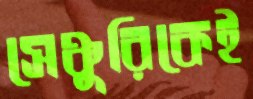
সেঞ্চুরিকেই